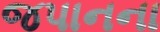
જપાનના